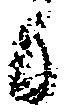
候